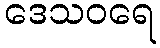
ဒေသဝရေ